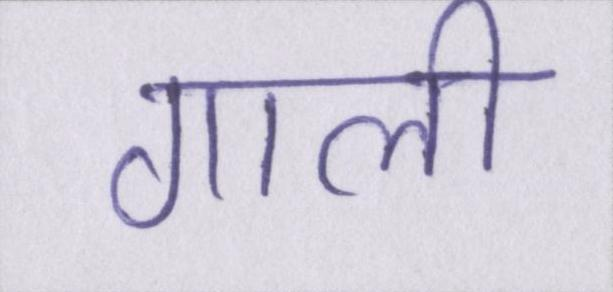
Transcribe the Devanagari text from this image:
गाली